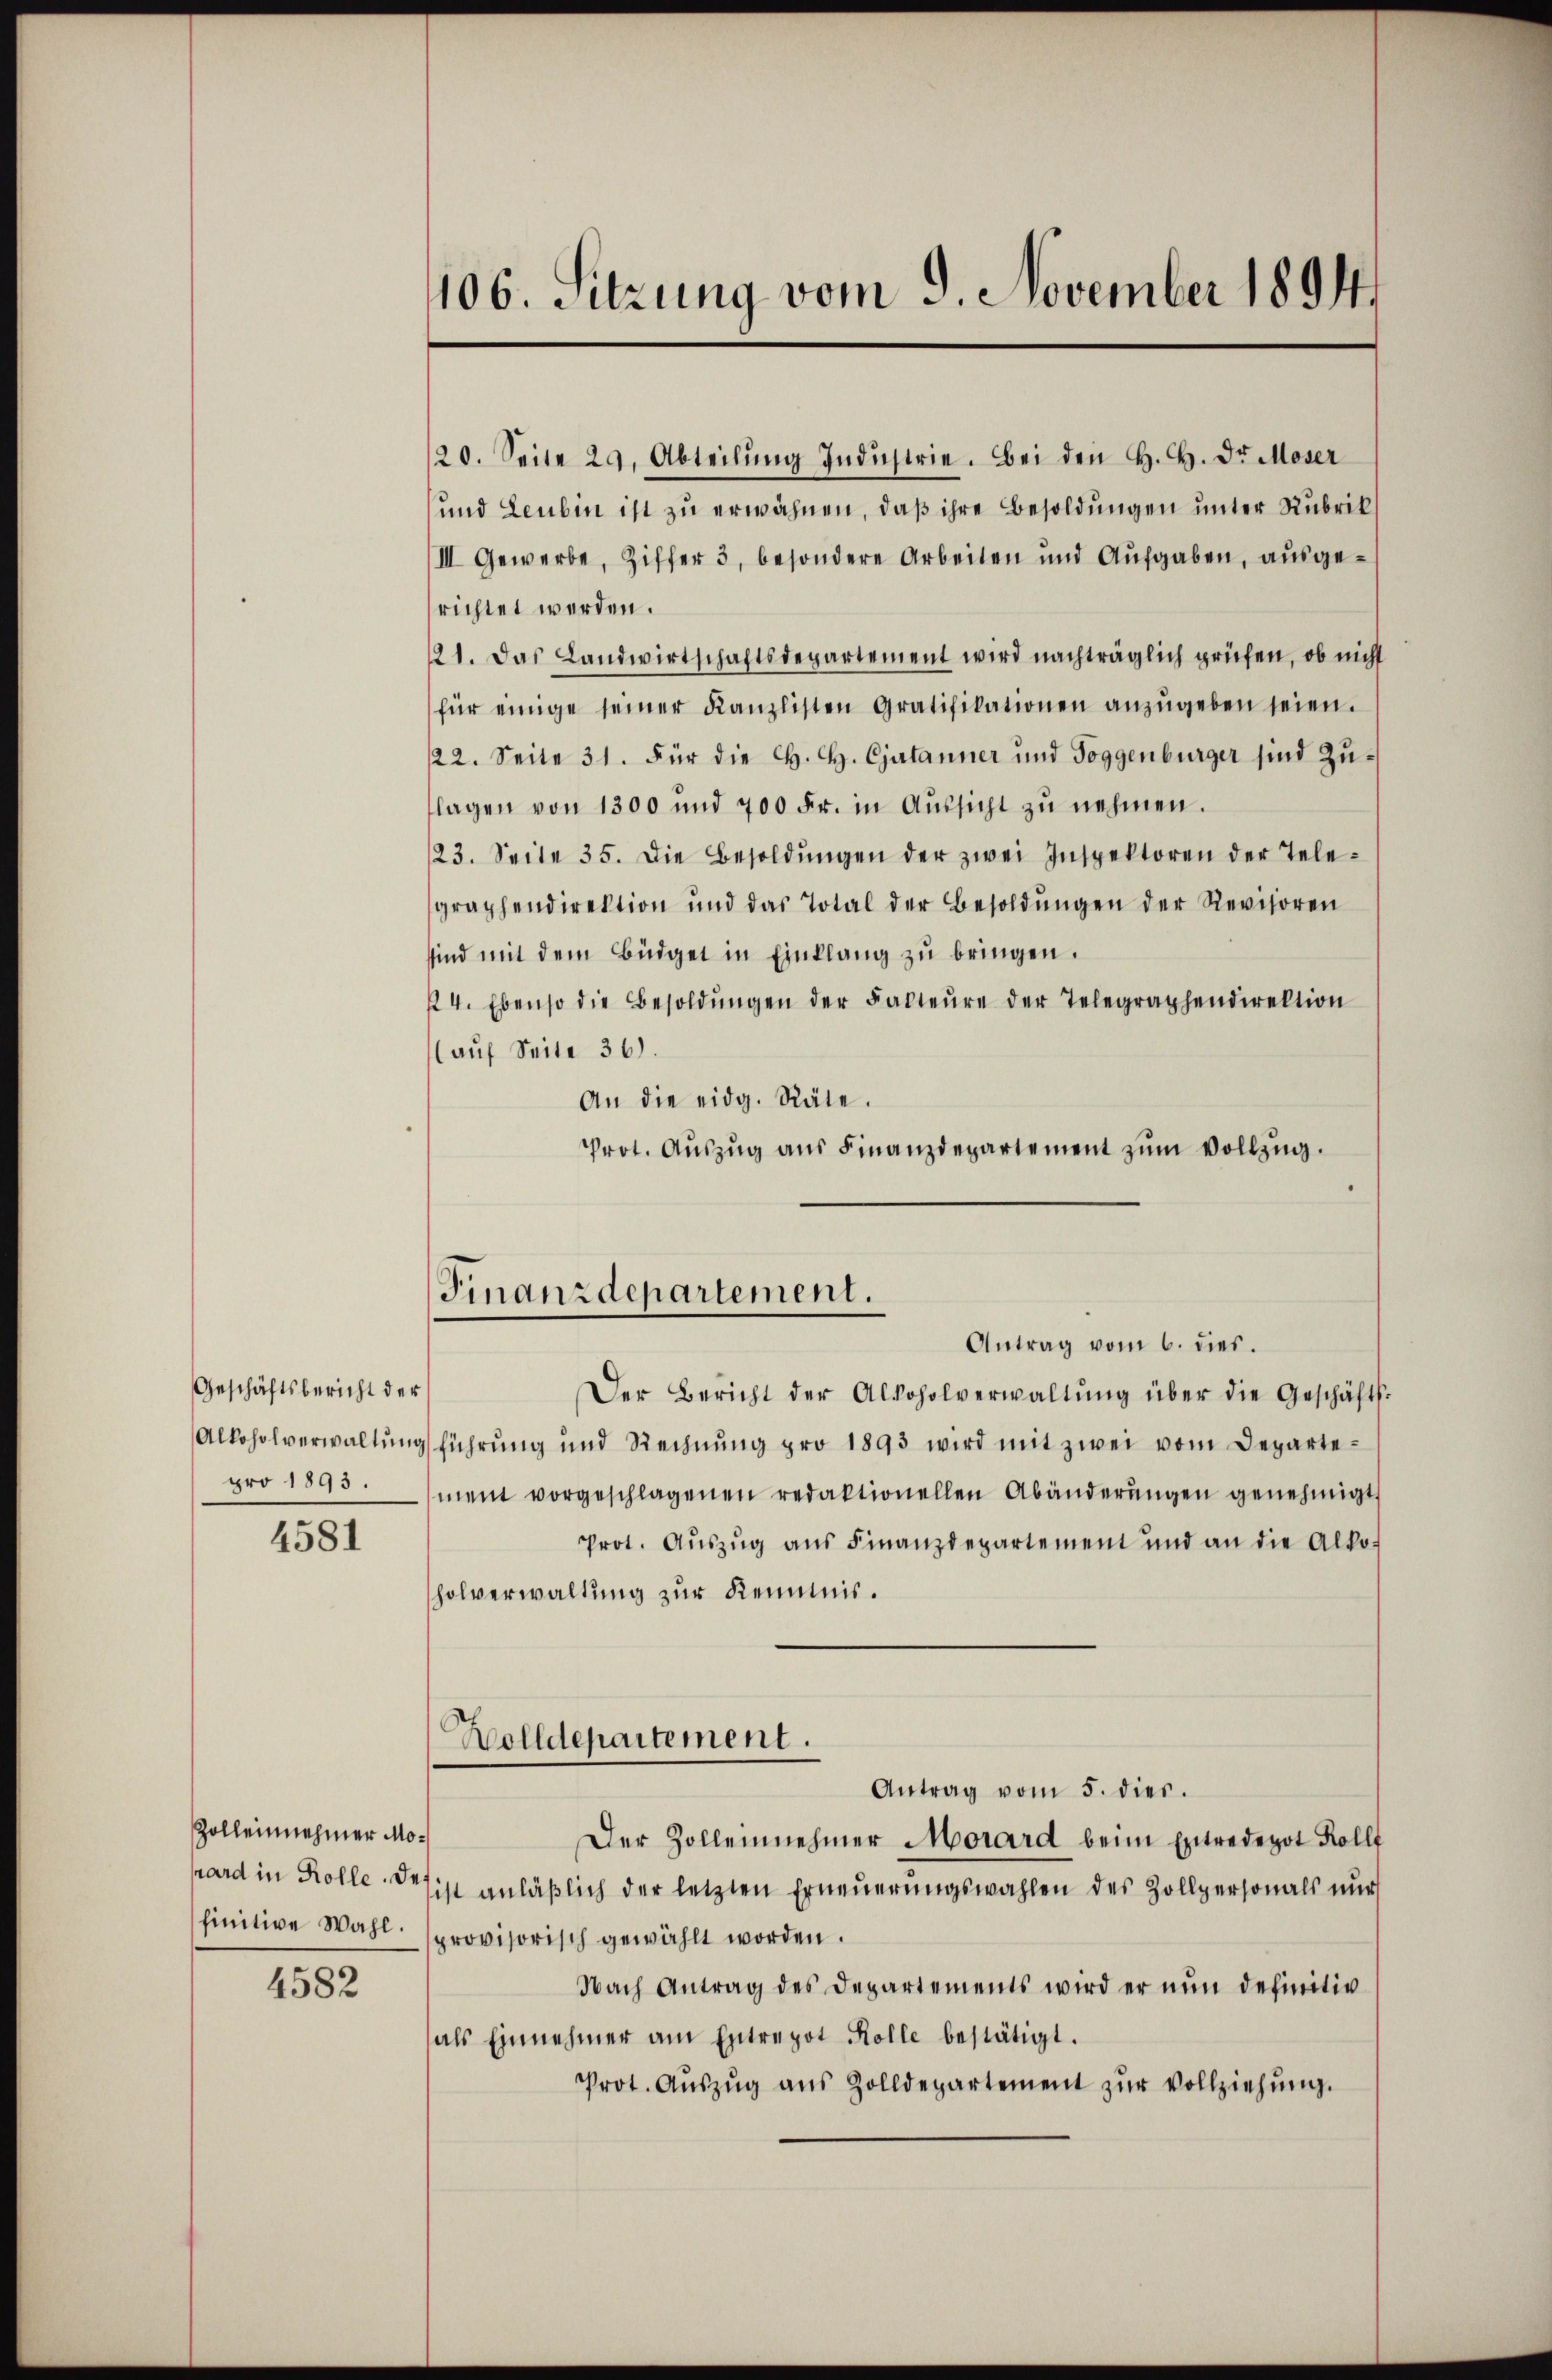
Geschäftsbericht der
Alkoholverwaltung
pro 1893.

4581

Zolleinnehmer Mohard in Rolle. De
finitive Wahl.

4582

106. Sitzung vom 9. November 1894

20. Seite 29. Abteilung Industrie. Bei den H. H. Dr. Moser
und Leubin ist zu erwähnen, daß ihre Besoldungen unter Rubrik
III. Gewerbe, Ziffer 3, besondere Arbeiten und Aufgaben, ausgerichtet werden.
21. Das Landwirtschaftsdepartement wird nachträglich prüfen, ob nicht
für einige seiner Kanzlisten Gratifikationen anzŭgeben seien.
22. Seite 31. Für die H. H. Cjutanner und Toggenbürger sind Zulagen von 1300 und 700 Fr. in Aŭssicht zŭ nehmen.
23. Seite 35. Die Besoldŭngen der zwei Inspektoren der Tele-
graphendirektion und das Total der Besoldŭngen der Revisoren
sind mit dem Büdget in Einklang zŭ bringen.
4. Ebenso die Besoldŭngen der Faltere der Telegraphendirektion
aŭf Seite 36).
An die eidg. Räte.
Prot. Aŭszŭg aŭs Finanzdepartement zŭm Vollzug.
Finanzdepartement.

Der Bericht der Alkoholverwaltŭng über die Geschäfts-
führung und Rechnŭng pro 1893 wird mit zwei vom Departement vorgeschlagenen redaktionellen Abänderŭngen genehmigt
Prot. Aŭszŭg ans Finanzdepartement und an die Alko-
holverwaltung zur Keimis¬
Antrag vom 5. dies.
Der Zollenehmer Morard beim Entredepot Rollt
sist anläßlich der letzten Erneuerungswahlen des Zollpersonals nur
provisorisch gewählt worden.
Nach Antrag des Departements wird er nŭn definitiv
als Einnehmer am Entrepot Kolle bestätigt.
Prot. Aŭszŭg aŭs Zolldepartement zŭr Vollziehŭng.

Antrag vom 6. dies.

Holldepartement.